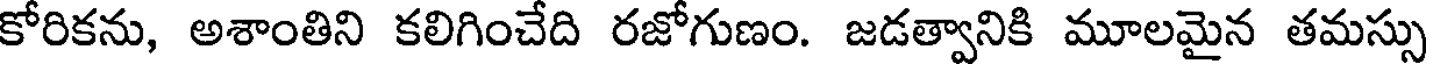
కోరికను, అశాంతిని కలిగించేది రజోగుణం. జడత్వానికి మూలమైన తమస్సు